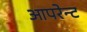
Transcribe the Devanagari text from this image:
आपरेन्ट